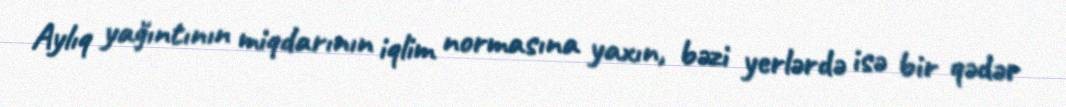
Aylıq yağıntının miqdarının iqlim normasına yaxın, bəzi yerlərdə isə bir qədər